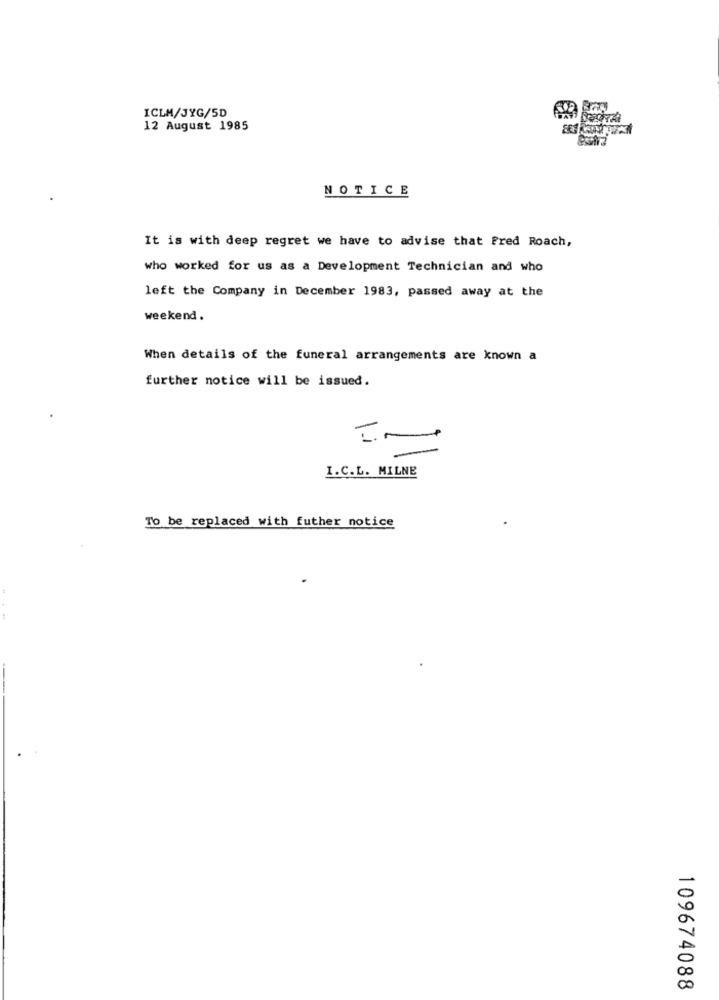
ICLM/JYG/5D
12 August 1985
NOTICE
It is with deep regret we have to advise that Pred Roach,
who worked for us as a Development Technician and who
left the Company in December 1983, passed away at the
weekend.
When details of the funeral arrangements are known a
further notice will be issued.
I.C.L. MILNE
To be replaced with futher notice
109674088